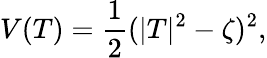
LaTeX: V(T)=\frac 12(|T|^{2}-\zeta)^{2},